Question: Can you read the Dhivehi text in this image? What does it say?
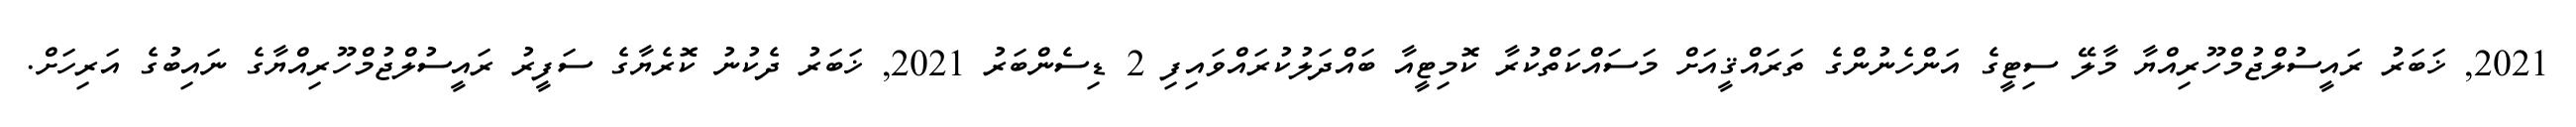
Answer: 2021, ޚަބަރު ރައީސުލްޖުމްހޫރިއްޔާ މާލޭ ސިޓީގެ އަންހެނުންގެ ތަރައްޤީއަށް މަސައްކަތްކުރާ ކޮމިޓީއާ ބައްދަލުކުރައްވައިފި 2 ޑިސެންބަރު 2021, ޚަބަރު ދެކުނު ކޮރެޔާގެ ސަފީރު ރައީސުލްޖުމްހޫރިއްޔާގެ ނައިބުގެ އަރިހަށް.